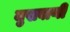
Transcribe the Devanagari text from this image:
मुखवाणी